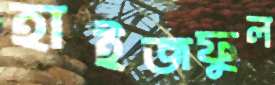
হাইজফুল